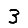
Digit: 3